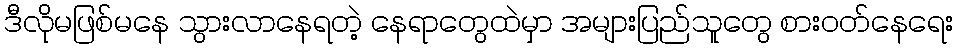
ဒီလိုမဖြစ်မနေ သွားလာနေရတဲ့ နေရာတွေထဲမှာ အများပြည်သူတွေ စားဝတ်နေရေး